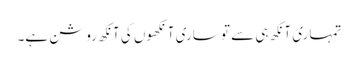
تمہاری آنکھ ہی سے تو ساری آنکھوں کی آنکھ روشن ہے۔